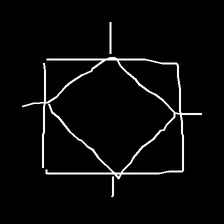
Glyph: light